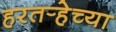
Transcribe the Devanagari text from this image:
हरतर्‍हेच्या